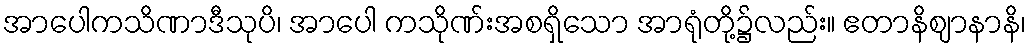
အာပေါကသိဏာဒီသုပိ၊ အာပေါ ကသိုဏ်းအစရှိသော အာရုံတို့၌လည်း။ ဧတာနိဈာနာနိ၊